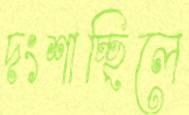
দংশাচ্ছিলে